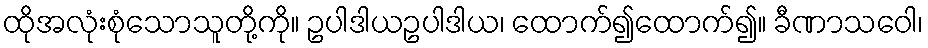
ထိုအလုံးစုံသောသူတို့ကို။ ဥပါဒါယဥပါဒါယ၊ ထောက်၍ထောက်၍။ ခီဏာသဝေါ၊